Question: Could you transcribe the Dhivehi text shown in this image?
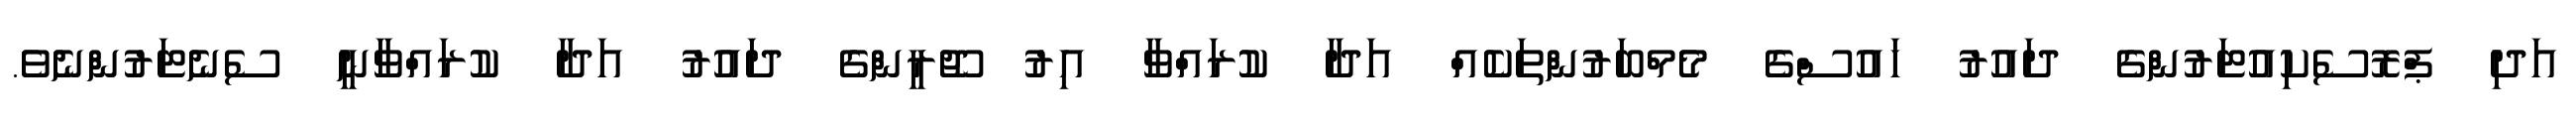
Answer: އަދި ޕްރޮސެކިއުޓަރުންގެ ދައުރު ހައުސްގެ މެމްބަރުންތަކެއް އަދާ ކުރައްވާ އިރު ޖޫރީންގެ ދައުރު އަދާ ކުރައްވާނީ ސެނެޓަރުންނެވެ.